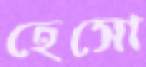
হেসো